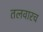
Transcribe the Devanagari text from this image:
तलवारच